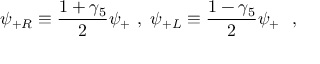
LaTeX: \psi _ { + R } \equiv { \frac { 1 + \gamma _ { 5 } } { 2 } } \psi _ { + } ~ , ~ \psi _ { + L } \equiv { \frac { 1 - \gamma _ { 5 } } { 2 } } \psi _ { + } ~ ~ ,